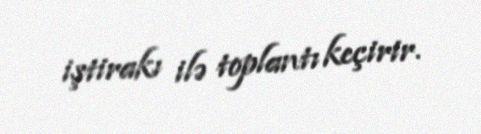
iştirakı ilə toplantı keçirir.